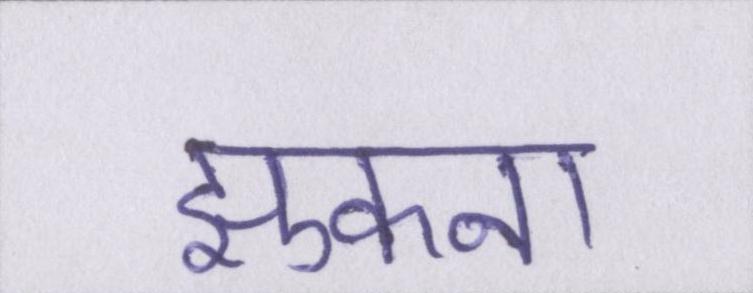
झुकना